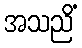
အသညိံ